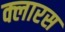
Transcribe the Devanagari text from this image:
क्लारस